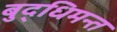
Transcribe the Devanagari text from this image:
बुद्धिमन्त